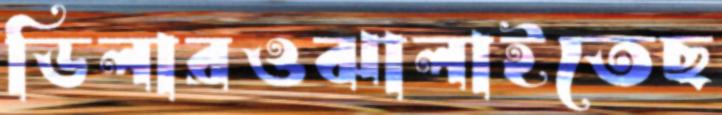
ডিলারওঝালাইতেছ